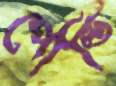
পোল্ডি